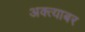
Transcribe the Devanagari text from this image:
अक्त्याबर